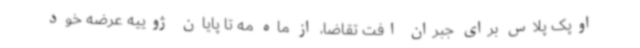
اوپک پلاس برای جبران افت تقاضا، از ماه مه تا پایان ژوییه عرضه خود